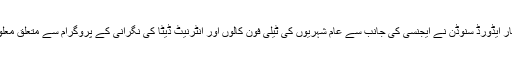
امریکی خفیہ ایجنسی 'این ایس اے' کے سابق اہلکار ایڈورڈ سنوڈن نے ایجنسی کی جانب سے عام شہریوں کی ٹیلی فون کالوں اور انٹرنیٹ ڈیٹا کی نگرانی کے پروگرام سے متعلق معلومات برطانوی اخبار 'گارڈین' کو فراہم کی تھیں۔